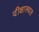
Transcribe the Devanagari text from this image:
दीक्षास्थल